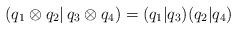
LaTeX: \begin{align*}(q_{1}\otimes q_{2}\vert \, q_{3}\otimes q_{4} ) = (q_{1}\vert q_{3} )(q_{2}\vert q_{4} )\end{align*}